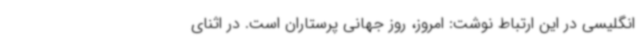
انگلیسی در این ارتباط نوشت: امروز، روز جهانی پرستاران است. در اثنای